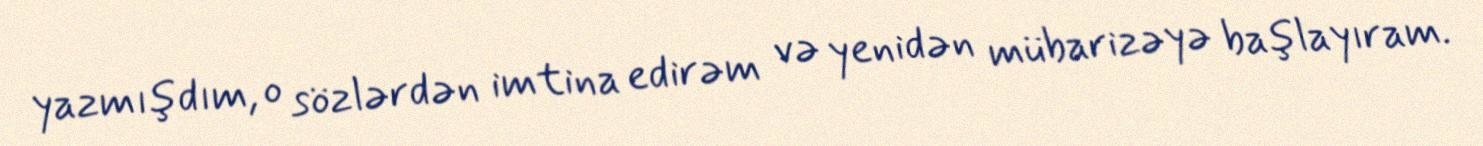
yazmışdım, o sözlərdən imtina edirəm və yenidən mübarizəyə başlayıram.